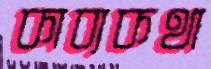
কাব্যকথা